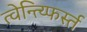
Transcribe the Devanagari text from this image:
त्वेन्त्य्फिर्स्त